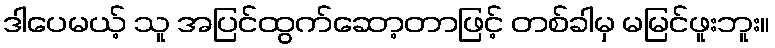
ဒါပေမယ့် သူ အပြင်ထွက်ဆော့တာဖြင့် တစ်ခါမှ မမြင်ဖူးဘူး။